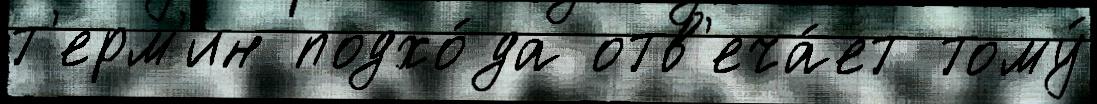
т'ерм'ин подхо́да отв'еча́ет тому́